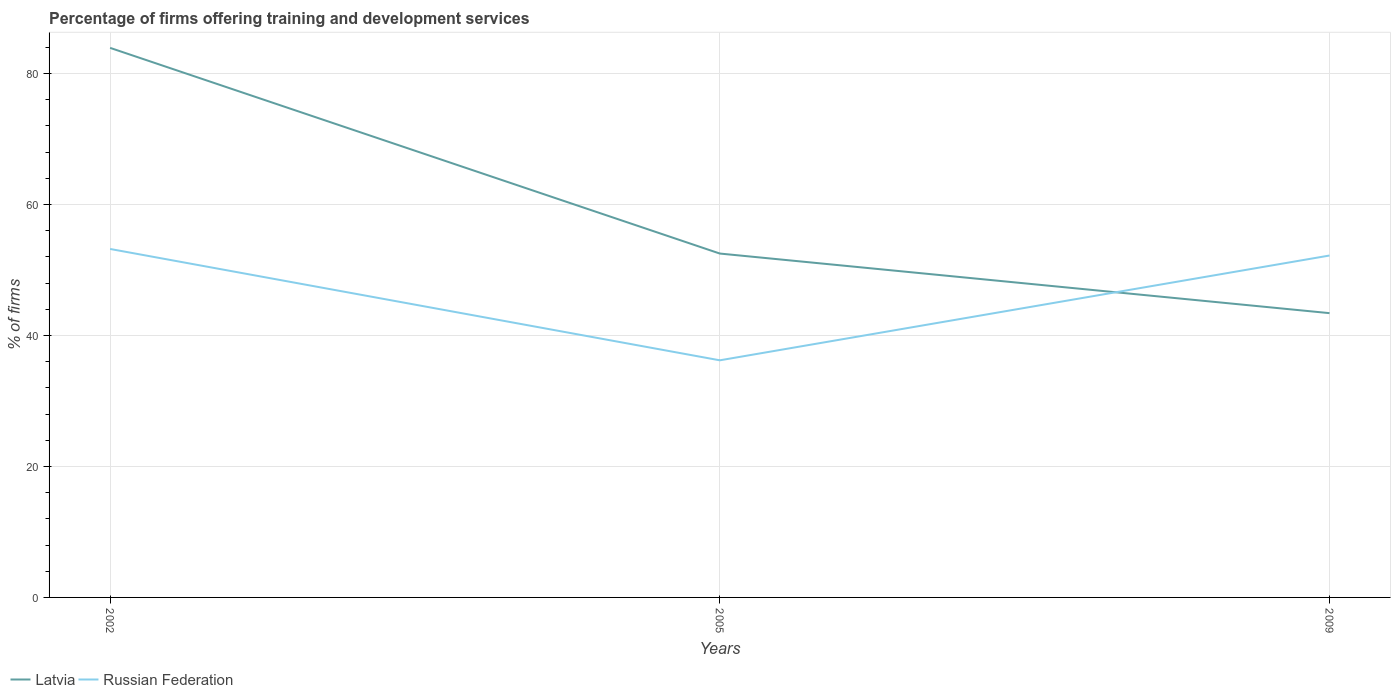
| Years | Latvia | Russian Federation |
 | --- | --- | --- |
 | 2002 | 83.9 | 53.2 |
 | 2005 | 52.5 | 36.2 |
 | 2009 | 43.4 | 52.2 |